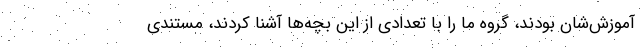
آموزش‌شان بودند، گروه ما را با تعدادی از این بچه‌ها آشنا کردند، مستندی